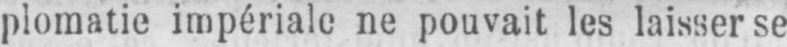
plomatie impériale ne pouvait les laisser se